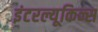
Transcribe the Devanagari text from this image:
इंटरल्यूकिन्स